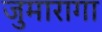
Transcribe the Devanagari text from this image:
जुमारागा